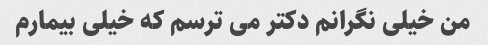
من خیلی نگرانم دکتر می ترسم که خیلی بیمارم